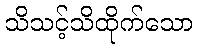
သိသင့်သိထိုက်သော